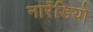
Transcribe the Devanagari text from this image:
नार्रेडियो